Indian journal of veterinary science and animal husbandry - Volumes 26-27, 1956-1957
Year: 1956
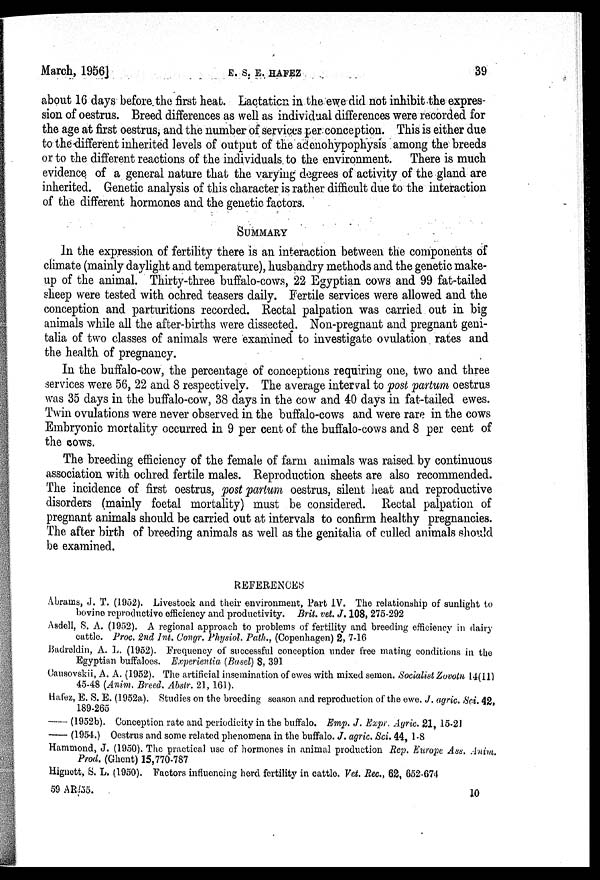
March, 1956]
E.
S.
E.
HAFEZ
39
about 16 days before the first heat. Lactation in the ewe did not inhibit the expres-
sion of oestrus. Breed differences as well as individual differences were recorded for
the age at first oestrus, and the number of services per conception. This is either due
to the different inherited levels of output of the adenohypophysis among the breeds
or to the different reactions of the individuals to the environment. There is much
evidence of a general nature that the varying degrees of activity of the gland are
inherited. Genetic analysis of this character is rather difficult due to the interaction
of the different hormones and the genetic factors.
SUMMARY
In the expression of fertility there is an interaction between the components of
climate (mainly daylight and temperature), husbandry methods and the genetic make-
up of the animal. Thirty-three buffalo-cows, 22 Egyptian cows and 99 fat-tailed
sheep were tested with ochred teasers daily. Fertile services were allowed and the
conception and parturitions recorded. Rectal palpation was carried out in big
animals while all the after-births were dissected. Non-pregnant and pregnant geni-
talia of two classes of animals were examined to investigate ovulation rates and
the health of pregnancy.
In the buffalo-cow, the percentage of conceptions requiring one, two and three
services were 56, 22 and 8 respectively. The average interval to post partum oestrus
was 35 days in the buffalo-cow, 38 days in the cow and 40 days in fat-tailed ewes.
Twin ovulations were never observed in the buffalo-cows and were rare in the cows
Embryonic mortality occurred in 9 per cent of the buffalo-cows and 8 per cent of
the cows.
The breeding efficiency of the female of farm animals was raised by continuous
association with ochred fertile males. Reproduction sheets are also recommended.
The incidence of first oestrus, post partum oestrus, silent heat and reproductive
disorders (mainly foetal mortality) must be considered. Rectal palpation of
pregnant animals should be carried out at intervals to confirm healthy pregnancies.
The after birth of breeding animals as well as the genitalia of culled animals should
be examined.
REFERENCES
Abrams, J. T. (1952). Livestock and their environment, Part IV. The relationship of sunlight to
bovine reproductive efficiency and productivity. Brit. vet. J. 108, 275-292
Asdell, S. A. (1952). A regional approach to problems of fertility and breeding efficiency in dairy
cattle. Proc. 2nd Int. Congr. Physiol. Path., (Copenhagen) 2, 7-16
Badreldin, A. L. (1952). Frequency of successful conception under free mating conditions in the
Egyptian buffaloes. Experientia (Basel) 8, 391
Cansovskii, A. A. (1952). The artificial insemination of ewes with mixed semen. Socialist Zovotn 14(11)
45-48 (Anim. Breed. Abstr. 21, 161).
Hafez, E. S. E. (1952a). Studies on the breeding season and reproduction of the ewe. J. agric. Sci. 42,
189-265
— (1952b). Conception rate and periodicity in the buffalo. Emp. J. Expr. Agric. 21, 15-21
— (1954.) Oestrus and some related phenomena in the buffalo. J. agric. Sci. 44, 1-8
Hammond, J. (1950). The practical use of hormones in animal production Rep. Europe Ass. Anim.
Prod. (Ghent) 15,770-787
Hignett, S. L. (1950). Factors influencing herd fertility in cattle. Vet. Rec., 62, 652-674
59 AR/55.
10